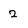
Character: 2